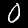
Digit: 0